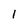
Character: 1